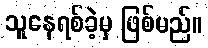
သူနေရစ်ခဲ့မှ ဖြစ်မည်။